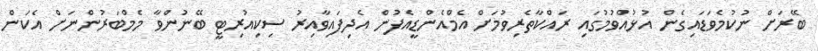
ބޭރަށް ނުކުމެވަޑައިގެން އުޅުއްވުމުގައި ރައްކާތެރިވުމަށް އެމްއެންޑީއެފުން އެދިފައިވާއިރު ސިކިއުރިޓީ ބޭނުންވާ މެމްބަރުންނަށް އެކަން